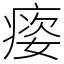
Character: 㾳